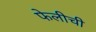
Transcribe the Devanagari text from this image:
फेलीची